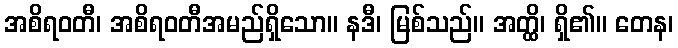
အစိရဝတီ၊ အစိရဝတီအမည်ရှိသော။ နဒီ၊ မြစ်သည်။ အတ္ထိ၊ ရှိ၏။ တေန၊